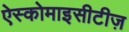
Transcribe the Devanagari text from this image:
ऐस्कोमाइसीटीज़